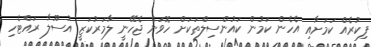
ފިކުރެއް ކަމަށާއި އެހެން ކަމުން ކައުންސިލްތަކަށް ހޮވަން ޖެހޭނީ ލާމަރުކަޒީ އުސޫލާ ރައްޓެހި